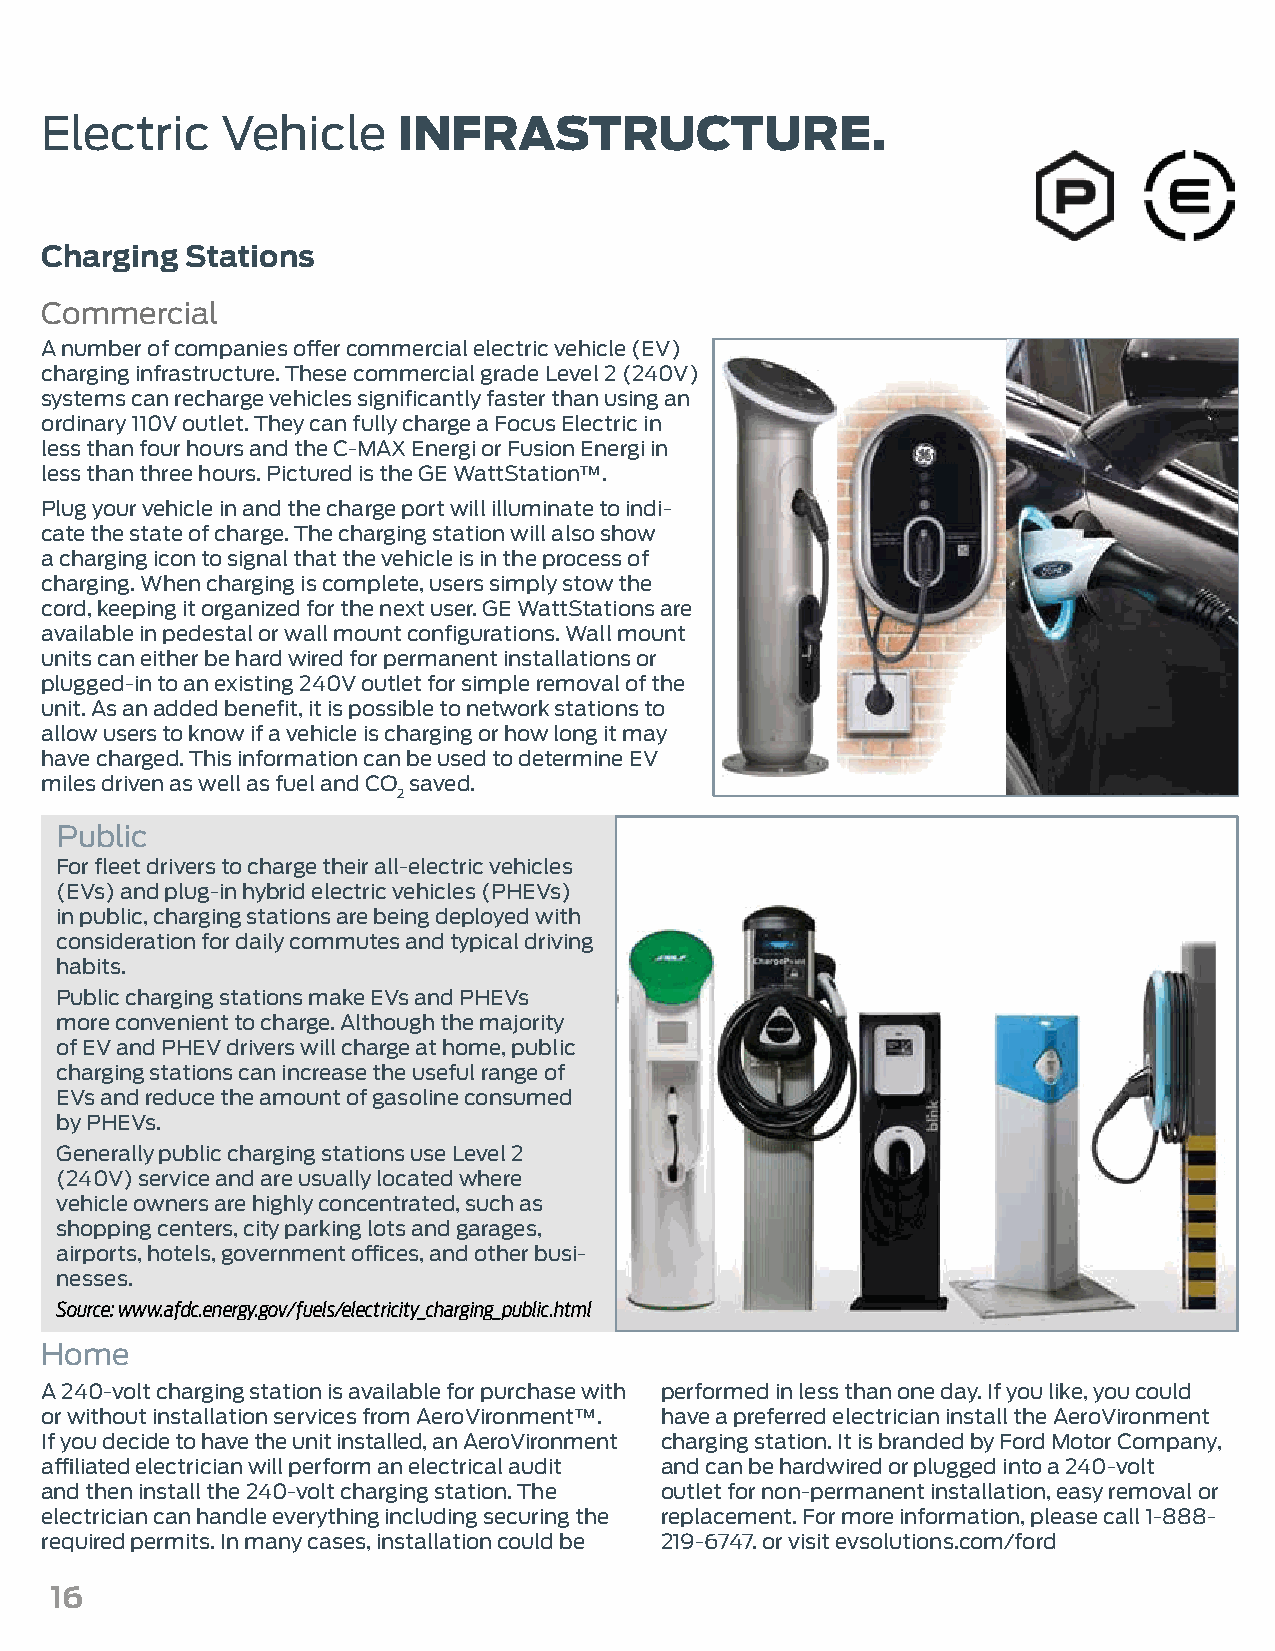
Electric    Vehicle    INFRASTRUCTURE.
 Charging Stations
 Commercial
 A number of companies offer commercial electric vehicle (EV)
 charging infrastructure. These commercial grade Level 2 (240V)
 systems can recharge vehicles significantly faster than using an
 ordinary 110V outlet. They can fully charge a Focus Electric in
 less than four hours and the C-MAX Energi or Fusion Energi in
 less than three hours. Pictured is the GE WattStation™.
 Plug your vehicle in and the charge port will illuminate to indi-
 cate the state of charge. The charging station will also show
 a charging icon to signal that the vehicle is in the process of
 charging. When charging is complete, users simply stow the
 cord, keeping it organized for the next user. GE WattStations are
 available in pedestal or wall mount configurations. Wall mount
 units can either be hard wired for permanent installations or
 plugged-in to an existing 240V outlet for simple removal of the
 unit. As an added benefit, it is possible to network stations to
 allow users to know if a vehicle is charging or how long it may
 have charged. This information can be used to determine EV
 miles driven as well as fuel and CO saved.
 2
 Public
 For fleet drivers to charge their all-electric vehicles
 (EVs) and plug-in hybrid electric vehicles (PHEVs)
 in public, charging stations are being deployed with
 consideration for daily commutes and typical driving
 habits.
 Public charging stations make EVs and PHEVs
 more convenient to charge. Although the majority
 of EV and PHEV drivers will charge at home, public
 charging stations can increase the useful range of
 EVs and reduce the amount of gasoline consumed
 by PHEVs.
 Generally public charging stations use Level 2
 (240V) service and are usually located where
 vehicle owners are highly concentrated, such as
 shopping centers, city parking lots and garages,
 airports, hotels, government offices, and other busi-
 nesses.
 Source: www.afdc.energy.gov/fuels/electricity_charging_public.html
 Home
 A 240-volt charging station is available for purchase with performed in less than one day. If you like, you could
 or without installation services from AeroVironment™. have a preferred electrician install the AeroVironment
 If you decide to have the unit installed, an AeroVironment charging station. It is branded by Ford Motor Company,
 affiliated electrician will perform an electrical audit and can be hardwired or plugged into a 240-volt
 and then install the 240-volt charging station. The outlet for non-permanent installation, easy removal or
 electrician can handle everything including securing the replacement. For more information, please call 1-888-
 required permits. In many cases, installation could be 219-6747. or visit evsolutions.com/ford
 16